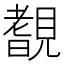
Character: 𧡺